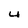
Character: U